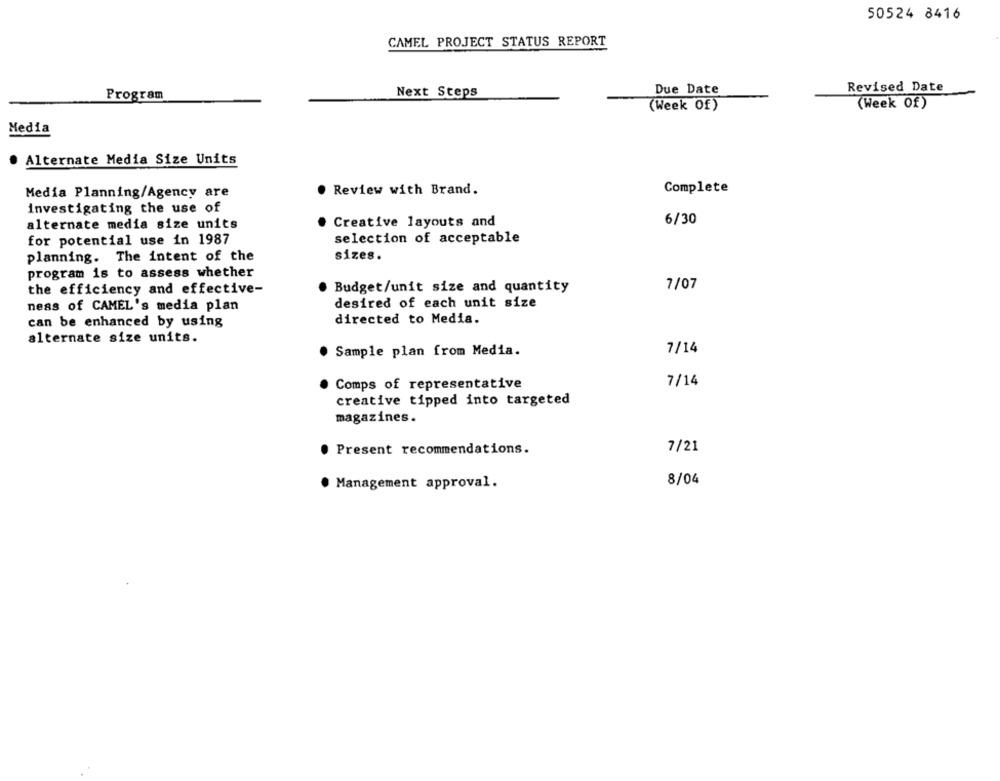
50524 8416
CAMEL PROJECT STATUS REPORT
Next Steps
Due Date
Revised Date
Program
(Week Of)
(Week Of)
Media
· Alternate Media Size Units
Media Planning/Agency are
Review with Brand.
Complete
investigating the use of
alternate media size units
Creative layouts and
6/30
for potential use in 1987
selection of acceptable
planning. The intent of the
sizes.
program is to assess whether
the efficiency and effective-
. Budget/unit size and quantity
7/07
desired of each unit size
ness of CAMEL's media plan
directed to Media.
can be enhanced by using
alternate size units.
. Sample plan from Media.
7/14
7/14
. Comps of representative
creative tipped into targeted
magazines.
. Present recommendations.
7/21
. Management approval.
8/04